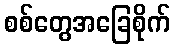
စစ်တွေအခြေစိုက်